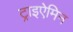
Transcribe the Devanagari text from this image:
ट्राइऐमिन